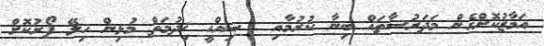
އަމާޒުކޮށްގެން މަދަރުސާތައް ބިނާ ކުރުމާއި  ޞިއްޙީ ޚިދުމަތް މުޅިން ހިލޭ ފޯރުކޮށް